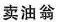
卖油翁